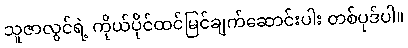
သူဇာလွင်ရဲ့ ကိုယ်ပိုင်ထင်မြင်ချက်ဆောင်းပါး တစ်ပုဒ်ပါ။